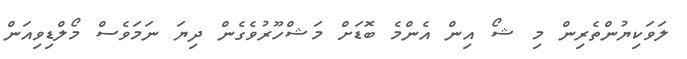
ލަވަކިޔުންތެރިން މި ޝޯ އިން އެންމެ ބޮޑަށް މަޝްހޫރުވެގެން ދިޔަ ނަމަވެސް މޯލްޑިވިއަން